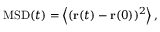
\mathrm { M S D } ( t ) = \left\langle ( { \bf r } ( t ) - { \bf r } ( 0 ) ) ^ { 2 } \right\rangle ,